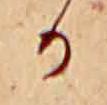
か